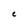
Character: C